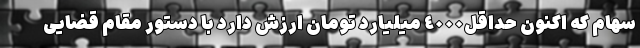
سهام که اکنون حداقل٤٠٠٠ میلیارد تومان ارزش دارد با دستور مقام قضایی